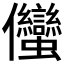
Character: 𱏣